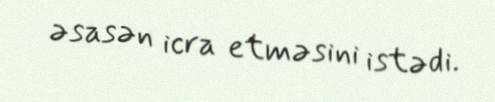
əsasən icra etməsini istədi.